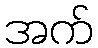
အက်